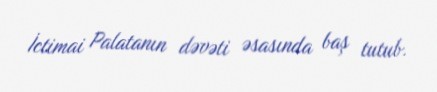
İctimai Palatanın dəvəti əsasında baş tutub.